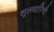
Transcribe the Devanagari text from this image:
शूलधारिणी